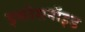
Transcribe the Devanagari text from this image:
इकोसनॉइड